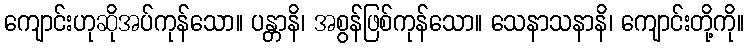
ကျောင်းဟုဆိုအပ်ကုန်သော။ ပန္တာနိ၊ အစွန်ဖြစ်ကုန်သော။ သေနာသနာနိ၊ ကျောင်းတို့ကို။